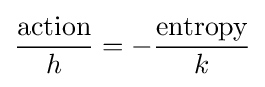
{{\text{action}} \over h}=-{{\text{entropy}} \over k}